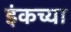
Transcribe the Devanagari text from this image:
इंकच्या